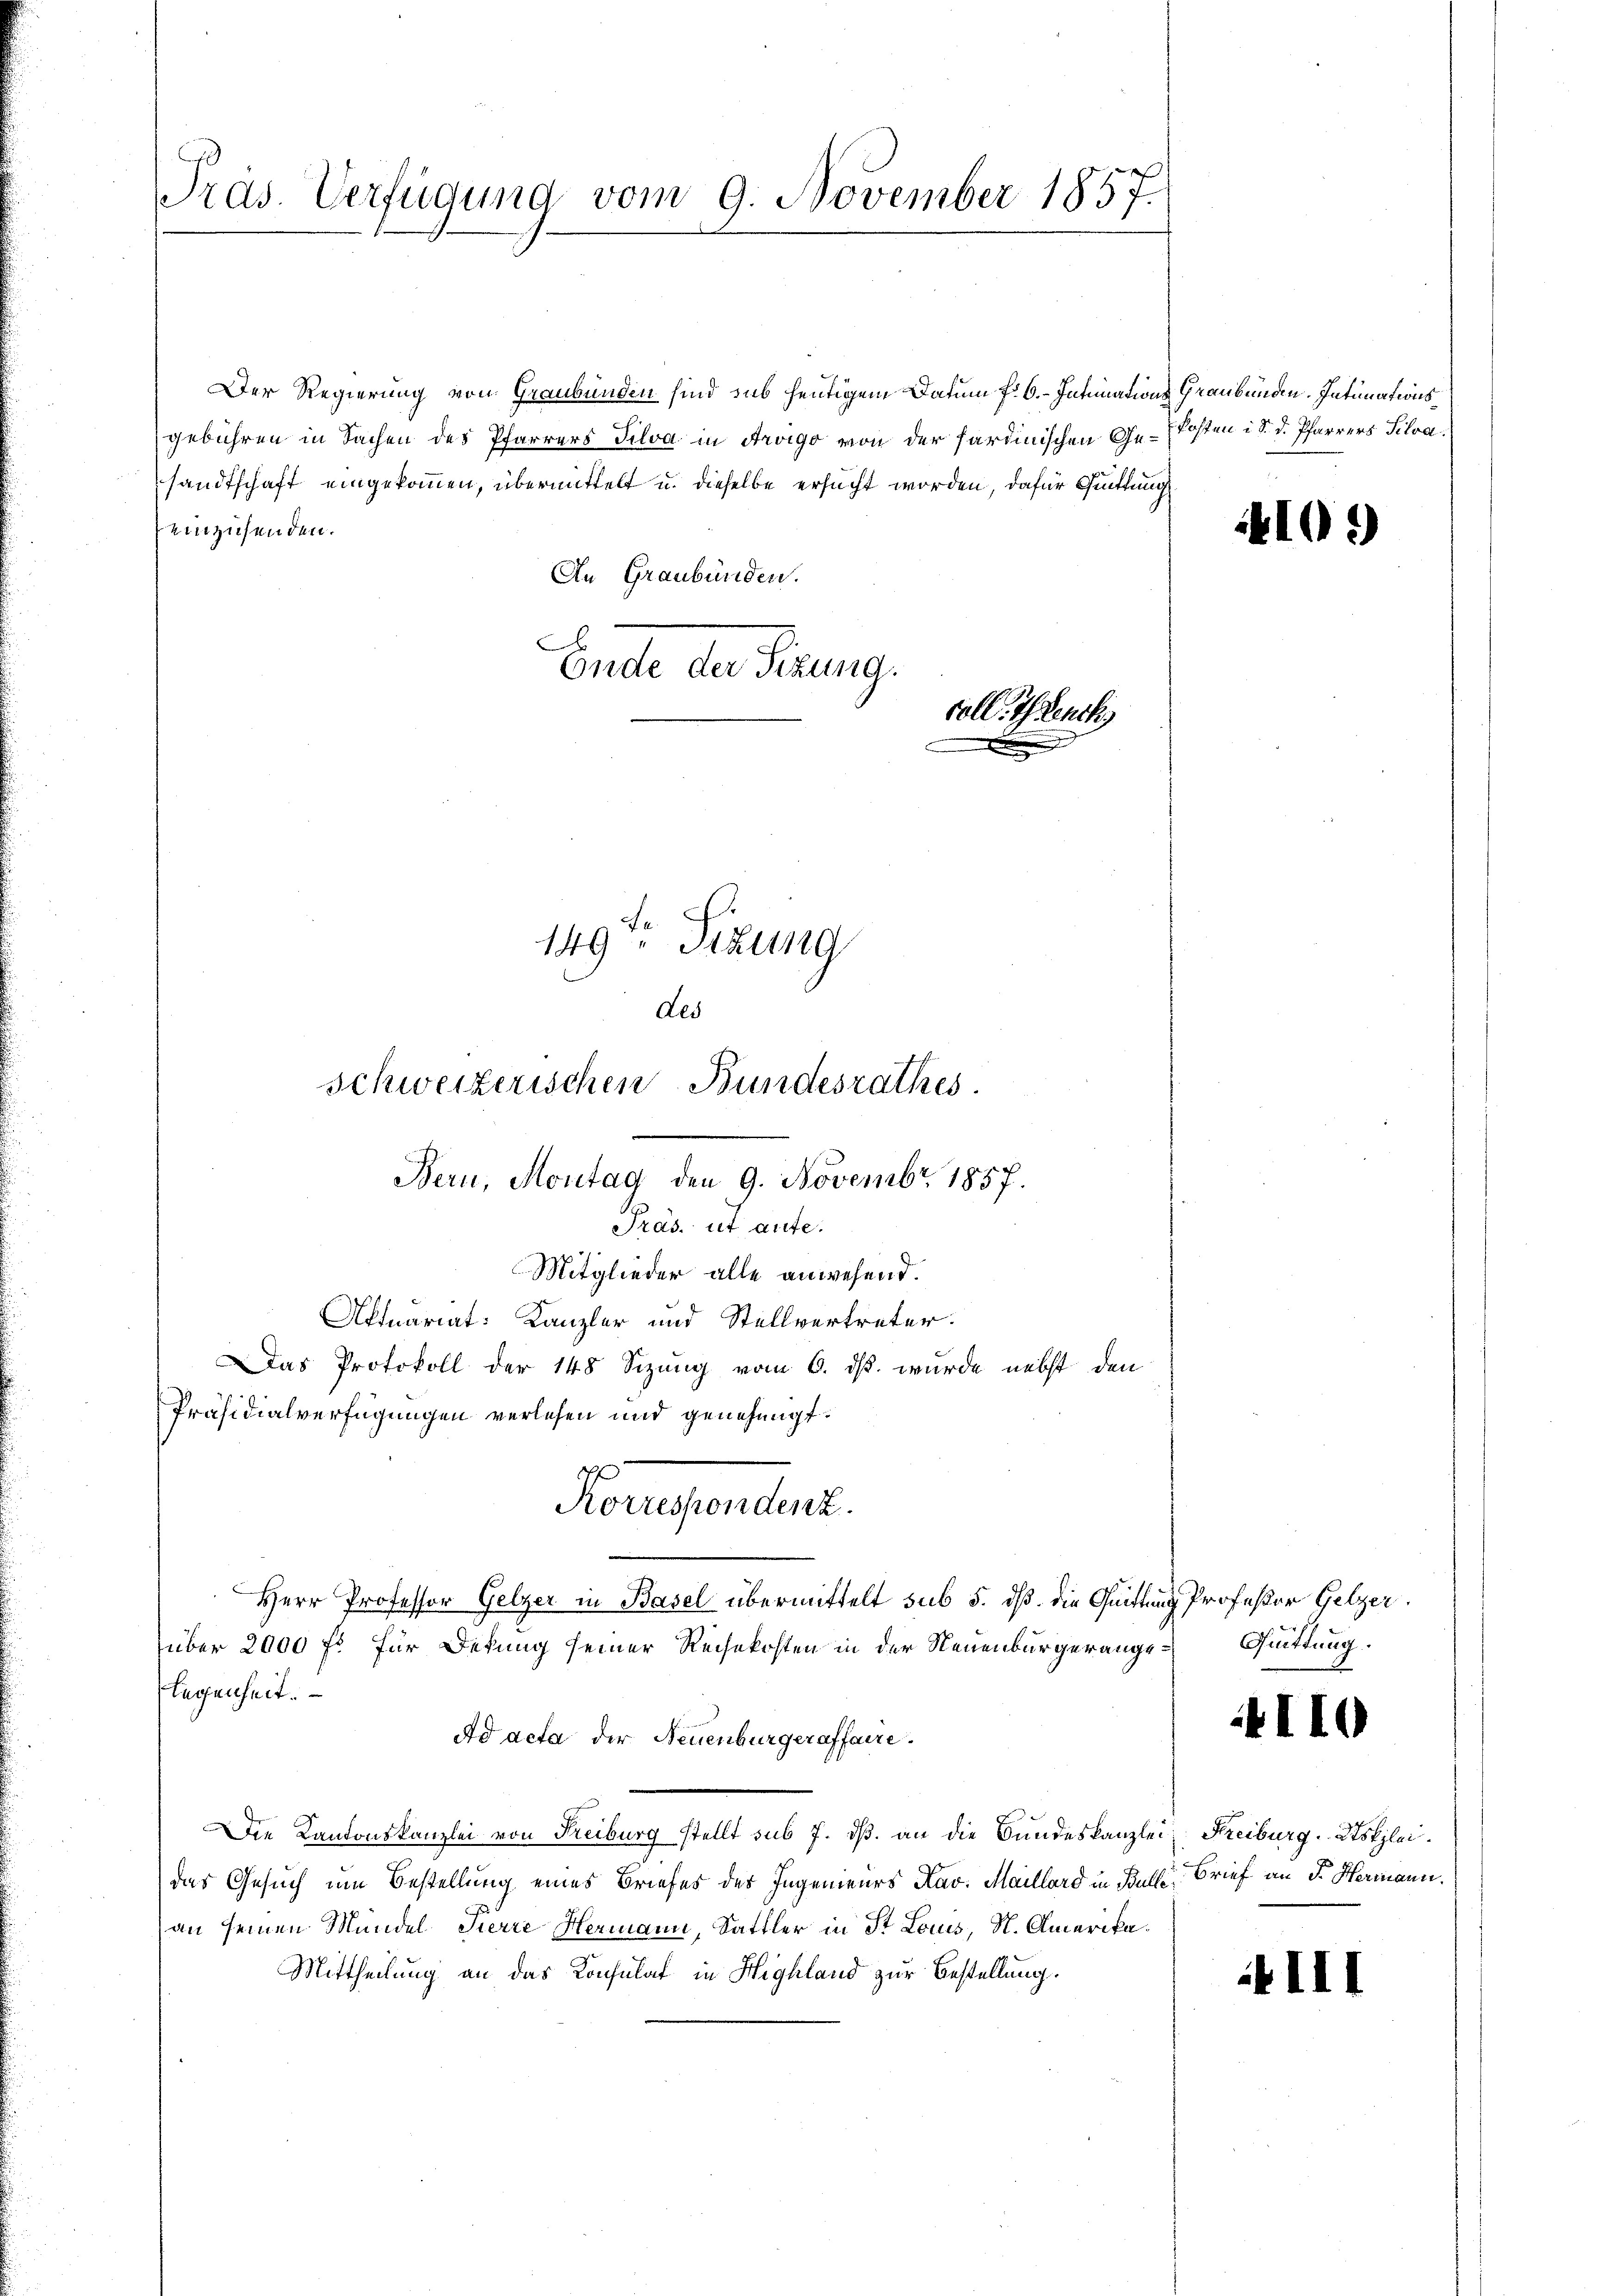
Präs. Verfügung vom 9. November 1857.

Der Regierung von Graubünden sind sub heutigem Datum fr. 6. Intimations Graubünden. Intimationsgebühren in Sachen des Pfarrers Silva in Arago von der sardinischen Ge-Kosten i S. d. Pfarrers Silva
sandtschaft eingekommen, übermittelt u. dieselbe ersucht worden, dafür Quittung
einzusenden.
An Graubünden.
B
Ende der Sitzung.
coll. Hencks
.

149ten Sizung
des

Bern, Montag den 9. Novembr. 1857.

Präs. ut aute.
Mitglieder alle anwesend.
Aktuariat: Kanzler und Stellvertreter.
Das Protokoll der 148 Sizung vom 6. ds. wurde nebst den
Präsidialverfügungen verlesen und genehmigt.
Herr Professor Gelzer in Basel übermittelt sub 5. dß. die Quittung Professor Gelzer,
über 2000 fl. für Dekung seiner Reihekosten in der Neuenburger angelegenheit.
Ad acta der Neuenburgeraffaire.
Die Kantonskanzlei von Freiburg stellt sub 7. dß. an die Bundeskanzlei Freiburg. Stolzleidas Gesuch um Bestellung eines Briefes des Ingenieurs Kav. Maillard in Bulle Brief an F. Hermann.
an seinen Mündel Pierre Hermann, Sattler in St. Louis, N. Amerika¬
Mittheilung an das Konsulat in Highland zur Bestellung.

schweizerischen Bundesrathes.

Korrespondenz

410.

Quittung.

4I10

III